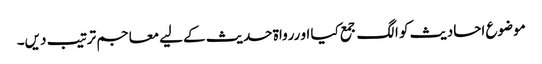
موضوع احادیث کو الگ جمع کیا او ررواۃ حدیث کےلیے معاجم ترتیب دیں۔